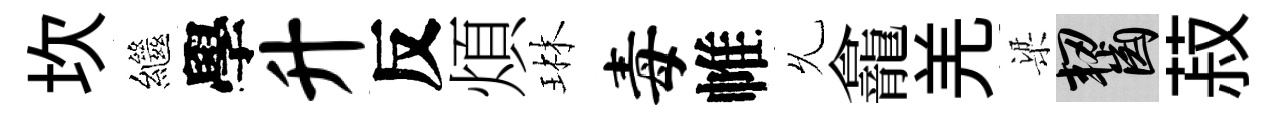
坎繼學升反煩琳毒帷𠃔龕羌梁齧菽